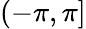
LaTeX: (-\pi,\pi]